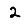
Digit: 2